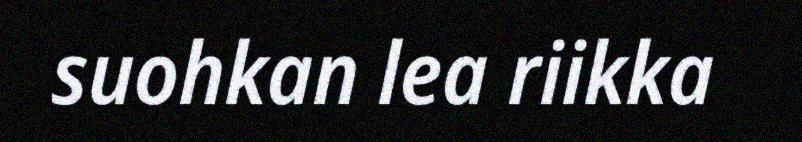
suohkan lea riikka